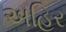
અહિર